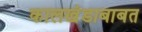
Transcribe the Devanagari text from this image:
कालखंडाबाबत